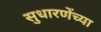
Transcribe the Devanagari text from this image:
सुधारणेंच्या